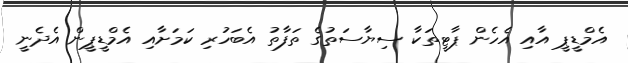
އެމްޑީޕީ އާއި އެހެން ޕާޓީތަކާ ސިޔާސަތުގެ ތަފާތު އެބަހުރި ކަމަށާއި އެމްޑީޕީން އެދެނީ